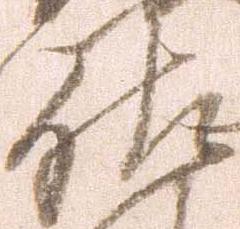
佐